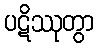
ပဋိဿုတွာ